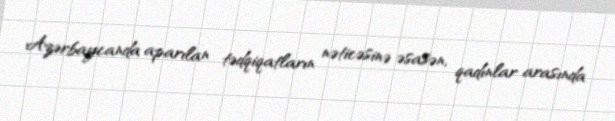
Azərbaycanda aparılan tədqiqatların nəticəsinə əsasən, qadınlar arasında